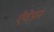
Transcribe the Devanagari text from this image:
ऐवेडन